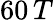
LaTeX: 60\, T